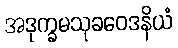
အဒုက္ခမသုခဝေဒနိယံ